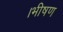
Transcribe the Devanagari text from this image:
।भीषण